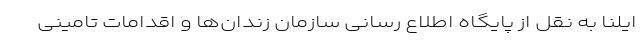
ایلنا به نقل از پایگاه اطلاع رسانی سازمان زندان‌ها و اقدامات تامینی